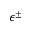
\epsilon ^ { \pm }